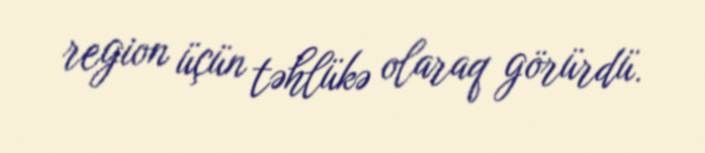
region üçün təhlükə olaraq görürdü.